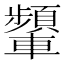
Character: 𨏞